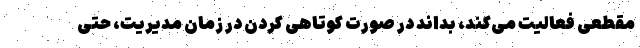
مقطعی فعالیت می‌کند، بداند در صورت کوتاهی کردن در زمان مدیریت، حتی